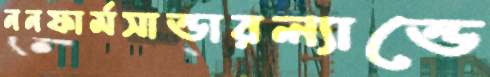
ননফার্মসান্ডারল্যান্ডে